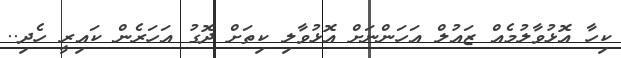
ކިހާ އޮޅުވާލުމެއް ޒައުލް އަހަންނަށް އޮޅުވާލި ކިތަށް ދޮގު އަހަރެން ކައިރީ ހެދި..